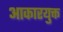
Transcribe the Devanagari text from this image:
आकारयुक्त